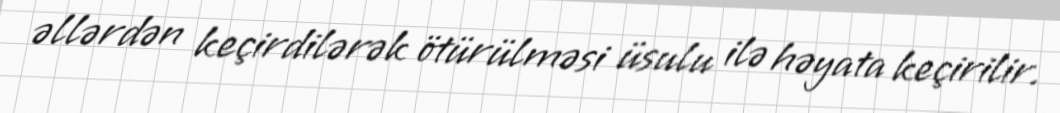
əllərdən keçirdilərək ötürülməsi üsulu ilə həyata keçirilir.